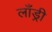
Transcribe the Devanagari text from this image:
लाँड्री